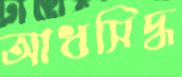
আধসিদ্ধ